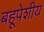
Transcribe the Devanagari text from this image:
बहूपेशीय